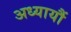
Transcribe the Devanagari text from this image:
अध्यायौं